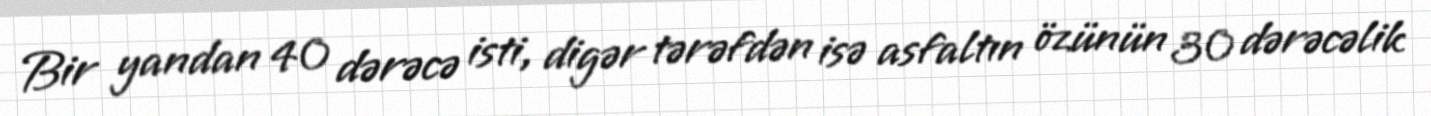
Bir yandan 40 dərəcə isti, digər tərəfdən isə asfaltın özünün 30 dərəcəlik